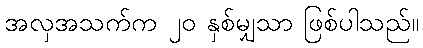
အလှအသက်က ၂၀ နှစ်မျှသာ ဖြစ်ပါသည်။